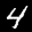
Label: 4